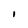
Character: l